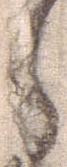
ら